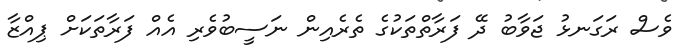
ވެސް ރަގަނޅު ޖަވާބު ދޭ ފަރާތްތަކުގެ ތެރެއިން ނަސީބުވެރި އެއް ފަރާތަކަށް ޕިއްޒާ